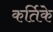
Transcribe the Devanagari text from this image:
कर्तिके